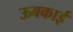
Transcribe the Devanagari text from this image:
ऊबकाई